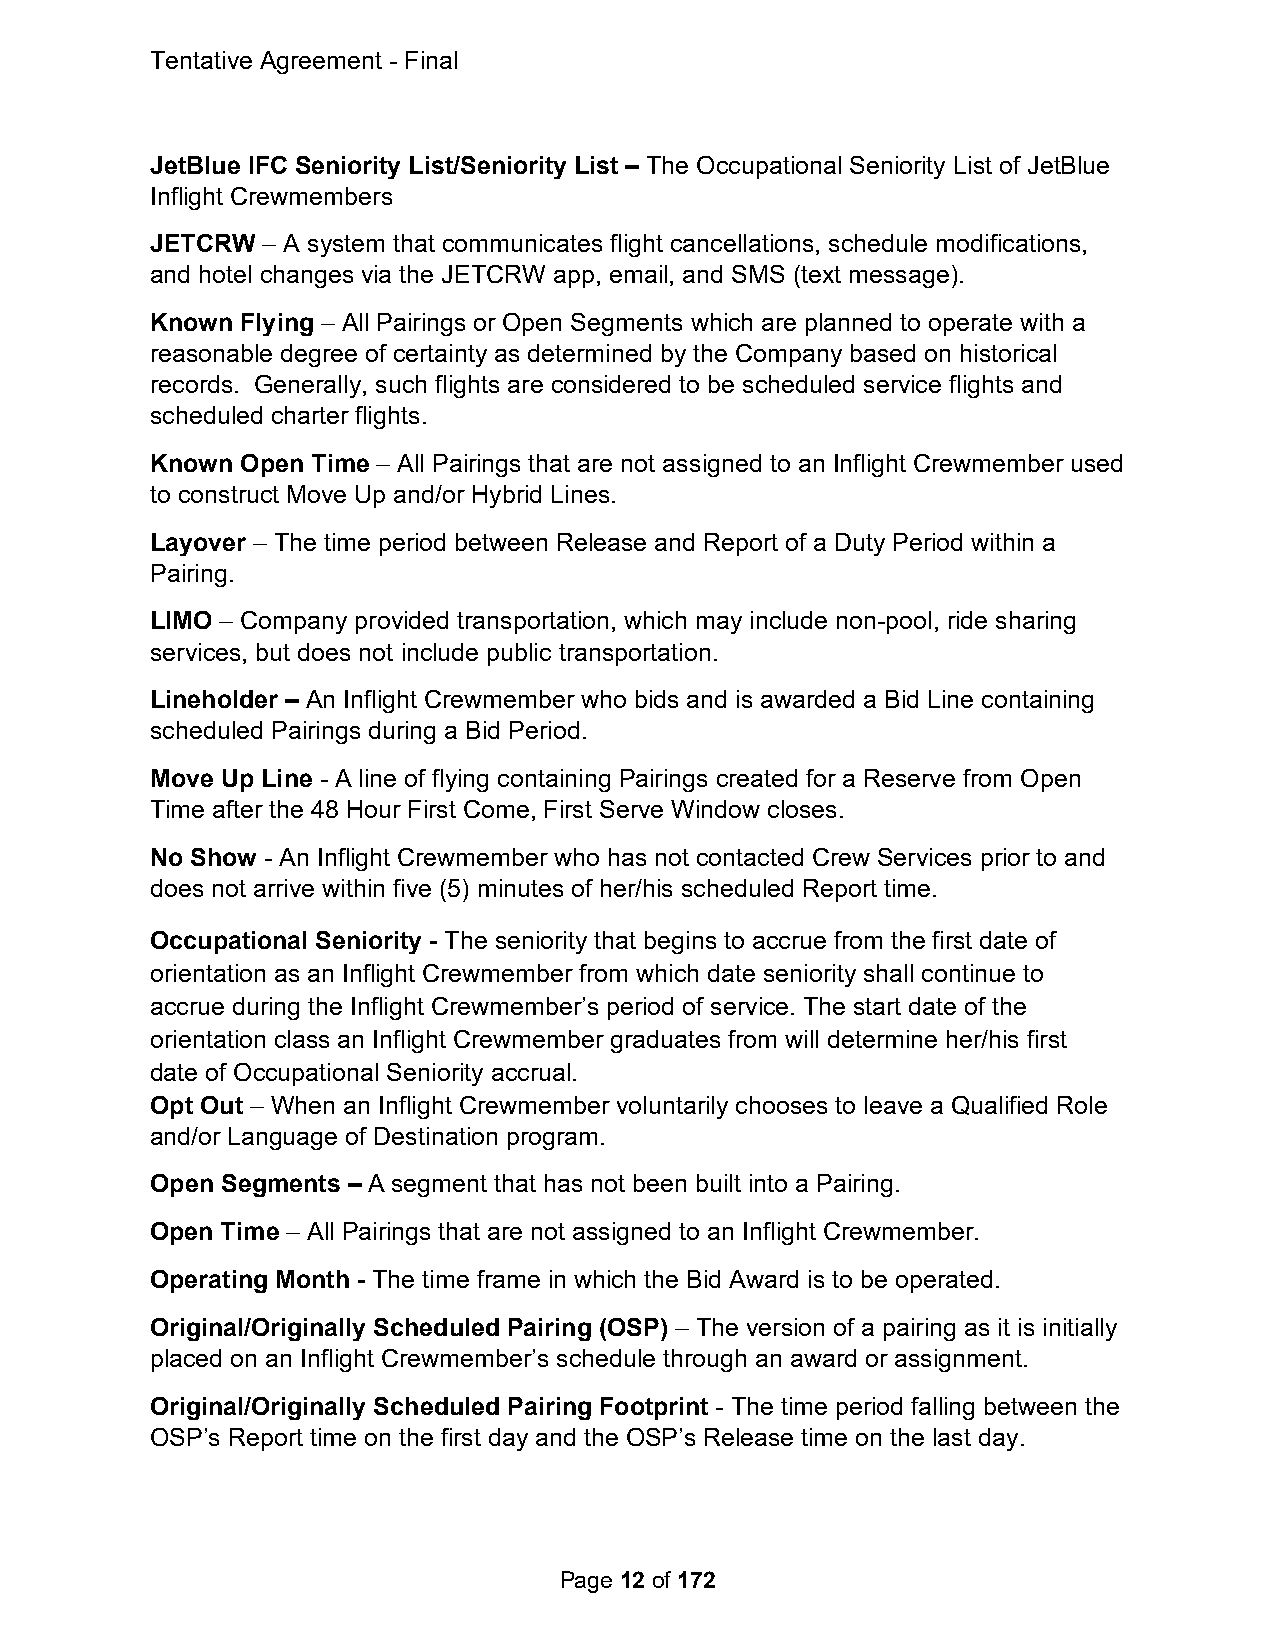
Tentative Agreement - Final
 JetBlue IFC Seniority List/Seniority List – The Occupational Seniority List of JetBlue
 Inflight Crewmembers
 JETCRW – A system that communicates flight cancellations, schedule modifications,
 and hotel changes via the JETCRW app, email, and SMS (text message).
 Known Flying – All Pairings or Open Segments which are planned to operate with a
 reasonable degree of certainty as determined by the Company based on historical
 records. Generally, such flights are considered to be scheduled service flights and
 scheduled charter flights.
 Known Open Time – All Pairings that are not assigned to an Inflight Crewmember used
 to construct Move Up and/or Hybrid Lines.
 Layover – The time period between Release and Report of a Duty Period within a
 Pairing.
 LIMO – Company provided transportation, which may include non-pool, ride sharing
 services, but does not include public transportation.
 Lineholder – An Inflight Crewmember who bids and is awarded a Bid Line containing
 scheduled Pairings during a Bid Period.
 Move Up Line - A line of flying containing Pairings created for a Reserve from Open
 Time after the 48 Hour First Come, First Serve Window closes.
 No Show - An Inflight Crewmember who has not contacted Crew Services prior to and
 does not arrive within five (5) minutes of her/his scheduled Report time.
 Occupational Seniority - The seniority that begins to accrue from the first date of
 orientation as an Inflight Crewmember from which date seniority shall continue to
 accrue during the Inflight Crewmember’s period of service. The start date of the
 orientation class an Inflight Crewmember graduates from will determine her/his first
 date of Occupational Seniority accrual.
 Opt Out – When an Inflight Crewmember voluntarily chooses to leave a Qualified Role
 and/or Language of Destination program.
 Open Segments – A segment that has not been built into a Pairing.
 Open Time – All Pairings that are not assigned to an Inflight Crewmember.
 Operating Month - The time frame in which the Bid Award is to be operated.
 Original/Originally Scheduled Pairing (OSP) – The version of a pairing as it is initially
 placed on an Inflight Crewmember’s schedule through an award or assignment.
 Original/Originally Scheduled Pairing Footprint - The time period falling between the
 OSP’s Report time on the first day and the OSP’s Release time on the last day.
 Page 12 of 172